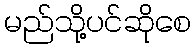
မည်သို့ပင်ဆိုစေ